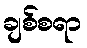
ချစ်စရာ